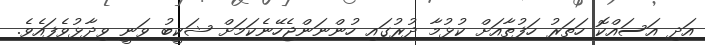
އަދި އަސައްކޮ ހަތަރު ހަފުތާއަށް ކުޅުމާ ދުރުގައި ހުންނަންޖެހޭނެކަމަށް ޝަކީބު ވަނީ ވިދާޅުވެފައެވެ.